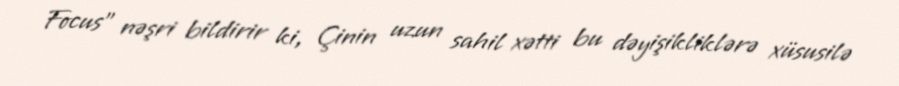
Focus" nəşri bildirir ki, Çinin uzun sahil xətti bu dəyişikliklərə xüsusilə